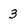
Character: 3